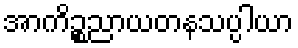
အာကိဉ္စညာယတနသပ္ပါယာ